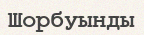
Шорбуынды